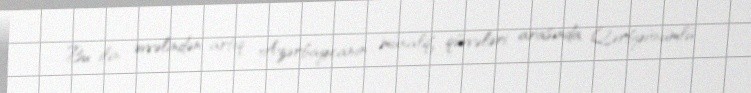
Bu ilin əvvəlindən artıq Azərbaycanın müxalif qüvvələri arasında Qərbyönümlü